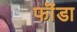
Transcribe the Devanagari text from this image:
फॊंडा